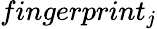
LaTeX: fingerprint_{j}